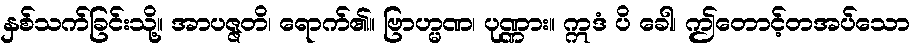
နှစ်သက်ခြင်းသို့။ အာပဇ္ဇတိ၊ ရောက်၏။ ဗြာဟ္မဏ၊ ပုဏ္ဏား။ ဣဒံ ပိ ခေါ၊ ဤတောင့်တအပ်သော